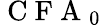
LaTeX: \mathrm{~C~F~A~}_{0}